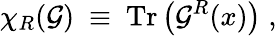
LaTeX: \chi_{R}(\mathcal{G})~\equiv~\mathrm{{Tr}}\left(\mathcal{G}^{R}(x)\right)\; ,